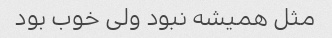
مثل همیشه نبود ولی خوب بود